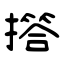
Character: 撘